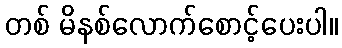
တစ် မိနစ်လောက်စောင့်ပေးပါ။